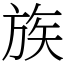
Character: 族